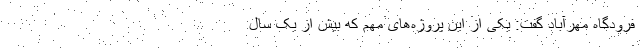
فرودگاه مهر‌آباد گفت:‌ یکی از این پروژه‌های مهم که بیش از یک سال